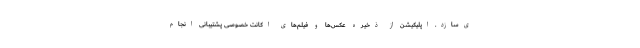
ی‌سازد. اپلیکیشن از ذخیره عکس‌ها و فیلم‌های اکانت خصوصی پشتیبانی انجام